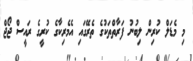
މި މެޑަލް ކުރިން ލިބުނު ފަރާތްތަކުގެ ތެރޭގައި އެމެރިކާގެ ކުރީގެ ރައީސް ޖޯޖް